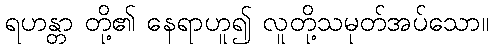
ရဟန္တာ တို့၏ နေရာဟူ၍ လူတို့သမုတ်အပ်သော။